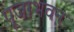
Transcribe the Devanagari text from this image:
पूजाभवन